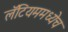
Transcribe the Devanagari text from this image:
लॅटियममध्येच